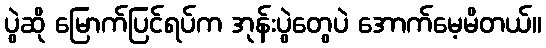
ပွဲဆို မြောက်ပြင်ရပ်က အုန်းပွဲတွေပဲ အောက်မေ့မိတယ်။